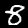
Digit: 8